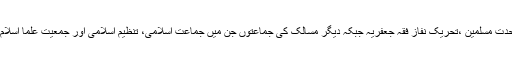
مذہبی جماعتوں اور تنظیموں کی بات کی جائے تو شیعہ جماعتوں میں تحریک جعفریہ ،مجلس وحدت مسلمین ،تحریک نفاز فقہ جعفریہ جبکہ دیگر مسالک کی جماعتوں جن میں جماعت اسلامی، تنظیم اسلامی اور جمعیت علما اسلام امریکہ اسرائیل کٹھ جوڑ اور یہودی نصاریٰ کی سازشوں کے خلاف مسلسل آواز بلند کررہی ہیں۔